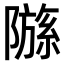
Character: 𫕗